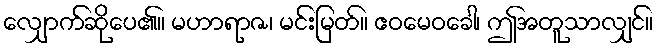
လျှောက်ဆိုပေ၏။ မဟာရာဇ၊ မင်းမြတ်။ ဧဝမေဝခေါ၊ ဤအတူသာလျှင်။